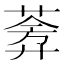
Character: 𬝧